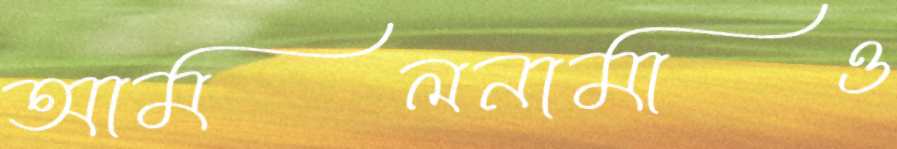
আমলনামাও